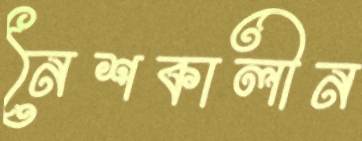
নৈশকালীন